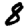
Digit: 8